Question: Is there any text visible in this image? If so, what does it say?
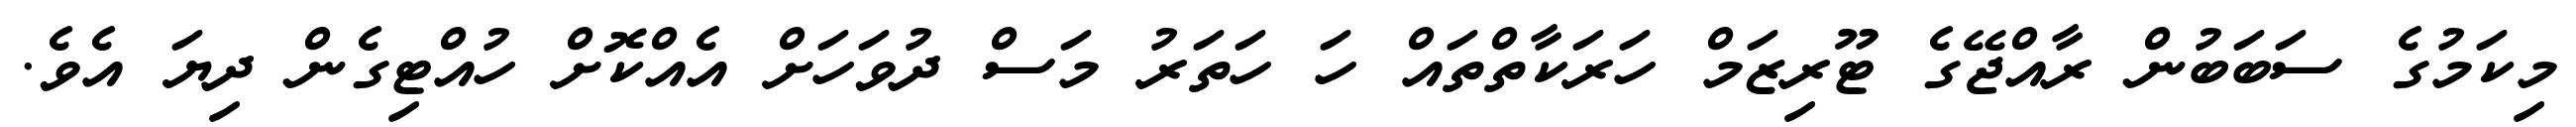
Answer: މިކަމުގެ ސަބަބުން ރާއްޖޭގެ ޓޫރިޒަމް ހަރަކާތްތައް ހަ ހަތަރު މަސް ދުވަހަށް އެއްކޮށް ހުއްޓިގެން ދިޔަ އެވެ.